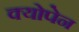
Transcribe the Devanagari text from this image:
क्योपेन